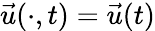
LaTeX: \vec{u}(\cdot,t)=\vec{u}(t)